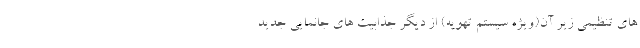
های تنظیمی زیر آن(ویژه سیستم تهویه) از دیگر جذابیت های جانمایی جدید